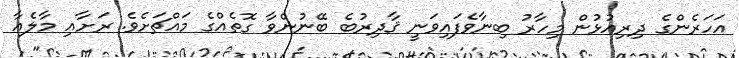
އަހަރެންގެ ދިރިއުޅުން މިހާރު ބިނާވެފައިވަނީ ޤާދިރުބެ ބޭނުންވާ ގޮތެއްގެ މައްޗަށެވެ. ރަށާއި މާލެއާ